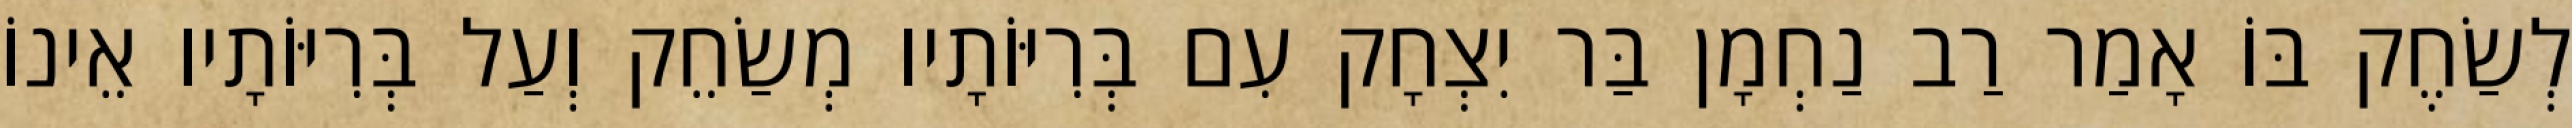
לְשַׂחֶק בּוֹ אָמַר רַב נַחְמָן בַּר יִצְחָק עִם בְּרִיּוֹתָיו מְשַׂחֵק וְעַל בְּרִיּוֹתָיו אֵינוֹ